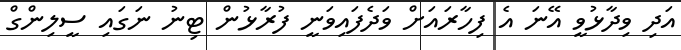
އަދި ވިދާޅުވީ އޭނަ އެ ފިހާރައަށް ވަދެފައިވަނީ ފުރާޅުން ޓިނު ނަގައި ސީލިންގް